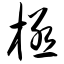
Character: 极